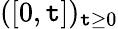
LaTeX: ([0,\mathtt{t}])_{\mathtt{t}\geq0}